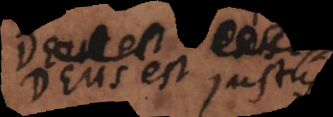
Deus est justus